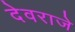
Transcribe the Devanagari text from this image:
देवराजे